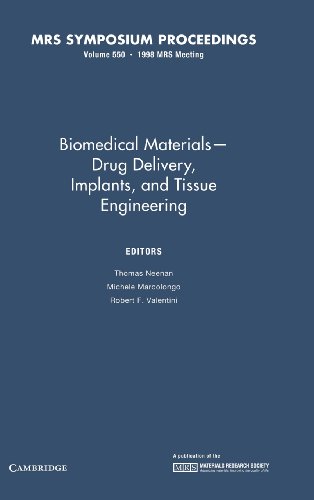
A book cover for Biomedical Materials - Drug Delivery, Implants, and Tissue Engineering: Volume 550 (MRS Proceedings); Medical Books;